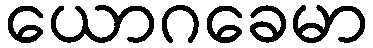
ယောဂခေမာ